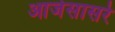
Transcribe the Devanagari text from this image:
आजेसासरे